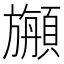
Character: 𩔣